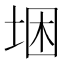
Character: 𱖮